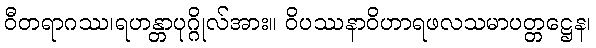
ဝီတရာဂဿ၊ရဟန္တာပုဂ္ဂိုလ်အား။ ဝိပဿနာဝိဟာရဖလသမာပတ္တဋ္ဌေန၊